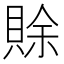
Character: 賖